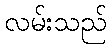
လမ်းသည်